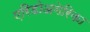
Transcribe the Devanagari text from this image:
एरिडोअमेरिका